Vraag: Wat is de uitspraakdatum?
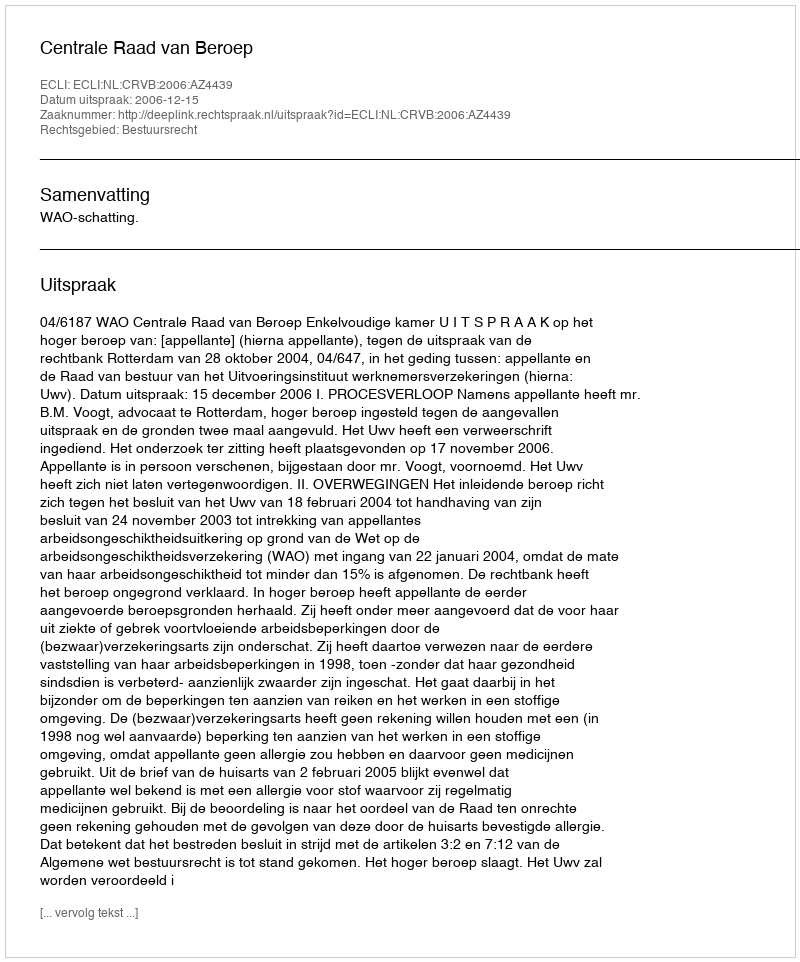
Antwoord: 2006-12-15